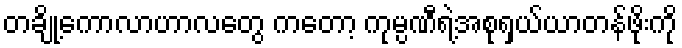
တချို့ကောလာဟာလတွေ ကတော့ ကုမ္ပဏီရဲ့အစုရှယ်ယာတန်ဖိုးကို